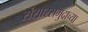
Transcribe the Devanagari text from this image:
संसारसमुद्राच्या